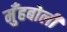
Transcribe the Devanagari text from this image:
मुँहबोली